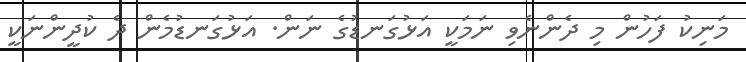
މަނިކު ފަހުން މި ދެންނެވި ނަމަކީ އަޅުގަނޑުގެ ނަން. އަޅުގަނޑުމެން ދެ ކުދީންނަކީ